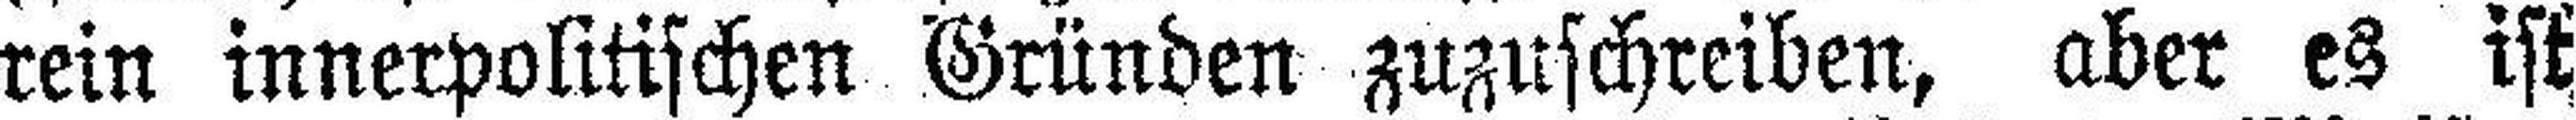
rein innerpolitischen Gründen zuzuschreiben, aber es ist